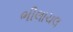
ભીલાચલ